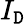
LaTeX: I_{\mathtt{D}}